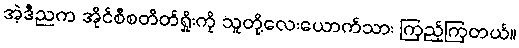
အဲ့ဒီညက အိုင်စီစတိတ်ရှိုးကို သူတို့လေးယောက်သား ကြည့်ကြတယ်။